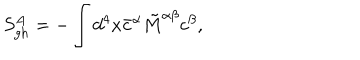
S _ { \mathrm { g h } } ^ { A } = - \int d ^ { 4 } x { \bar { c } } ^ { \alpha } \tilde { M } ^ { \alpha \beta } c ^ { \beta } ,